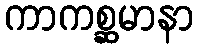
ကာကစ္ဆမာနာ